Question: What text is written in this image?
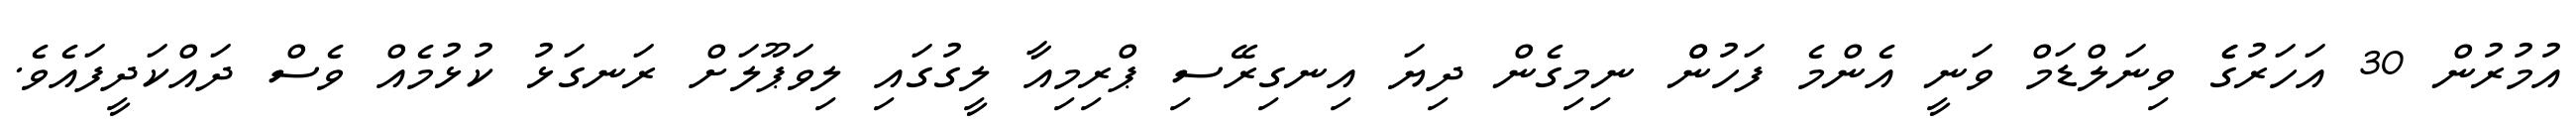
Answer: އުމުރުން 30 އަހަރުގެެ ވިނަލްޑަމް ވަނީ އެންމެ ފަހުންް ނިމިގެން ދިޔަ އިނގިރޭސި ޕްރިމިއާ ލީގުގައި ލިވަޕޫލަށް ރަނގަޅު ކުޅުމެއް ވެސް ދައްކަދީފައެވެ.